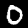
Label: 0